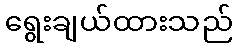
ရွေးချယ်ထားသည်